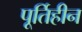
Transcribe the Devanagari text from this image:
पूर्तिहीन